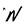
Character: N